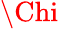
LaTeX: \Chi